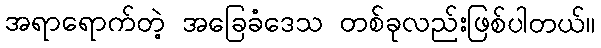
အရာရောက်တဲ့ အခြေခံဒေသ တစ်ခုလည်းဖြစ်ပါတယ်။